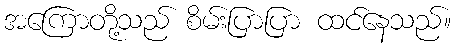
အကြောတို့သည် စိမ်းပြာပြာ ထင်နေသည်။